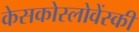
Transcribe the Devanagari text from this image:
केसकोस्लोवेंस्की